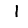
Digit: 1